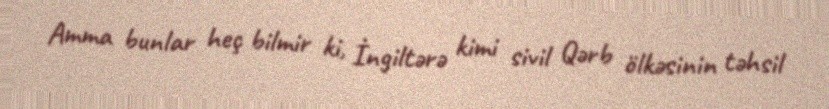
Amma bunlar heç bilmir ki, İngiltərə kimi sivil Qərb ölkəsinin təhsil